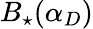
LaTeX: B_{\star}(\alpha_{D})